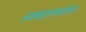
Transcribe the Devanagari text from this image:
व्यवहारमाला